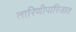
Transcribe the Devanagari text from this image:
तारिणीपारिजात